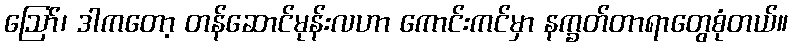
ဪ၊ ဒါကတော့ တန်ဆောင်မုန်းလဟာ ကောင်းကင်မှာ နက္ခတ်တာရာတွေစုံတယ်။